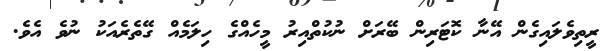
ރީތިވެލައިގެން އޭނާ ކޮޓަރިން ބޭރަށް ނުކުތްއިރު މީހެއްގެ ހިލަމެއް ގޭތެރެއަކު ނުވެ އެވެ.